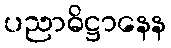
ပညာဓိဋ္ဌာနေန